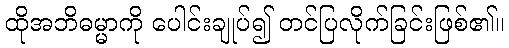
ထိုအဘိဓမ္မာကို ပေါင်းချုပ်၍ တင်ပြလိုက်ခြင်းဖြစ်၏။